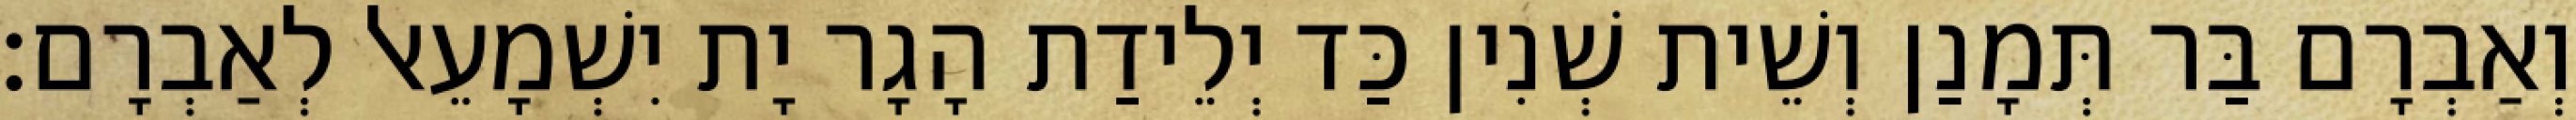
וְאַבְרָם בַּר תְּמָנַן וְשֵׁית שְׁנִין כַּד יְלֵידַת הָגָר יָת יִשְׁמָעֵאל לְאַבְרָם׃